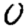
Digit: 0